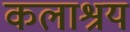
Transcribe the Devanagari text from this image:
कलाश्रय